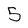
Character: 5